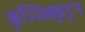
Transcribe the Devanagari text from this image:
कुञ्ञिक्कुट्टन